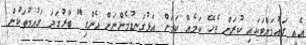
އެއީ ގައުމަށްޓަކައި ކުރަން ޖެހޭ ކަމެއް ކަމަށް އަޅުގަނޑުމެންނަށް އެންގި" ބާރުގަދަ ގައުމުތަކުން